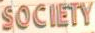
SOCIETY